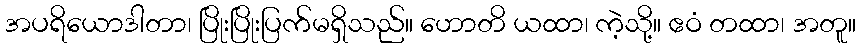
အပရိယောဒါတာ၊ ပြိုးပြိုးပြက်မရှိသည်။ ဟောတိ ယထာ၊ ကဲ့သို့။ ဧဝံ တထာ၊ အတူ။